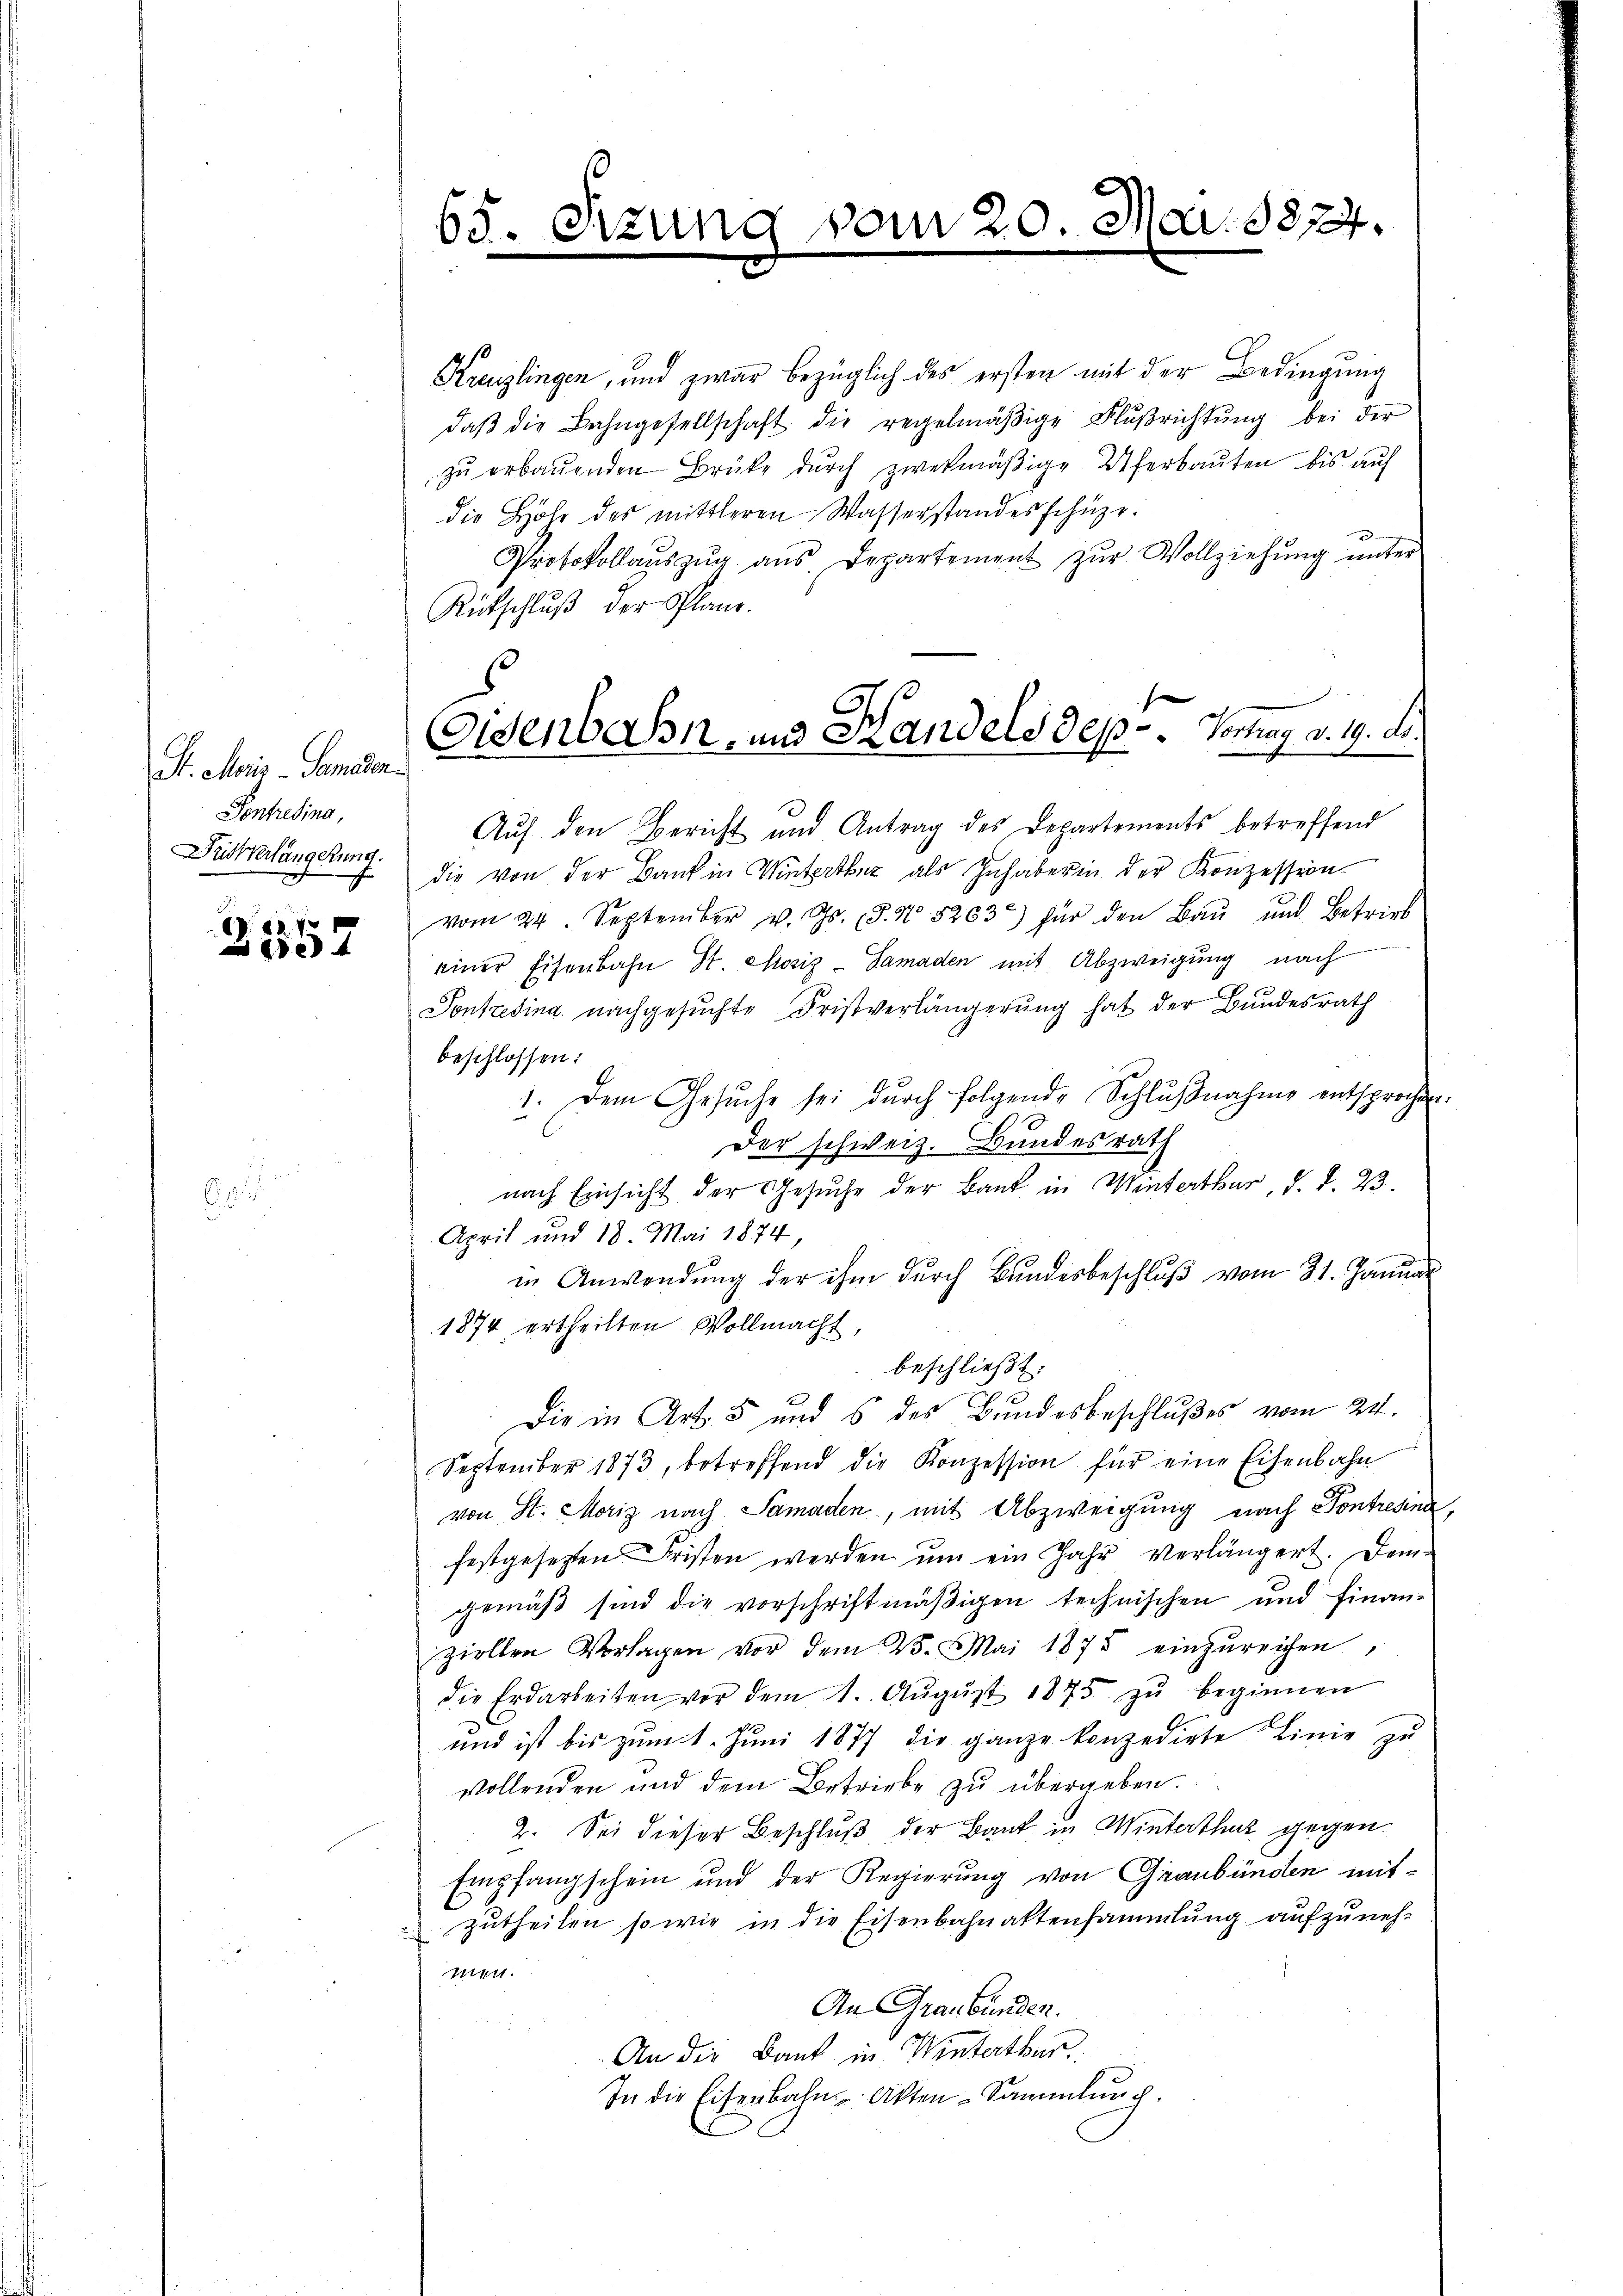
St. Maris - Samaden.
Pontretina,

V. 58. 73
10xx

65. Sitzung
.

vom 20. Mai. 1874.

Kreuzlingen, und zwar bezüglich des ersten mit der Bedingung
daβ die Bahngesellschaft die regelmäβige Flŭβrichtŭng bei der
zŭ erbauenden Brüke dŭrch zwekmäβige Uferbaŭten bis auf
die Holz des mittleren Wasserstandes schüze.
3
Protokollaŭszŭg aŭs Departement zŭr Vollziehŭng ŭnter
Rütschluß der Plane.
Auf den Bericht und Antrag des Departements betreffend
Dückverlängerung die von der Bank in Winterthur als Inhaber in der Konzession.
vom 24. September v. Js. (§. N. 5203) für den Baŭ und Betrieb
einer Eisenbahn St. Mosiz-Samaden mit Abzweigung nach
Pontretina nachgesŭchte Fristverlängerŭng hat der Bundesrath
beschlossen:
1. Dem Gesŭche sei durch folgende Schlŭβnahme entsprochen.
Der schweiz. Bundesrath
nach Einsicht der Gesuche der Bank in Winterthur, d. d. 23.
April und 18. Mai 1874,
in Anwendung der ihm durch Bundesbeschluß vom 31. Januar
1874 ertheilten Vollmacht,
beschließt:
Die in Art. 5 und s des Bundesbeschlußes vom 24.
September 1873, betreffend die Konzession für eine Eisenbahn
von St. Moriz nach Samaden, mit Abzweigung nach Pontresina,
festgesetzten Fristen werden um ein Jahr verlängert. Dem
gemäß sind die vorschriftmäßigen technischen und finan-
ziellen Vorlagen vor dem W. Mai 1875 einzŭreichen,
die Erdarbeiten vor dem 1. Aŭgŭst 1875 zŭ beginnen
und ist bis zum 1. Juni 1877 die ganze konzedirte Linie zu
vollenden und dem Betriebe zŭ übergeben.
2. Sei dieser Beschluß der Bank in Winterthur gegen.
Empfangschein und der Regierung von Graubünden mitzutheilen so wie in die Eisenbahnaktensammlung aufzuneh-
men.
An Graubünden.
An die Bank in Winterthur.
In die Eisenbahn Akten-Sammlung.

5
Eisenbahn, und Handels dep-Vortrag d. 19. ds.